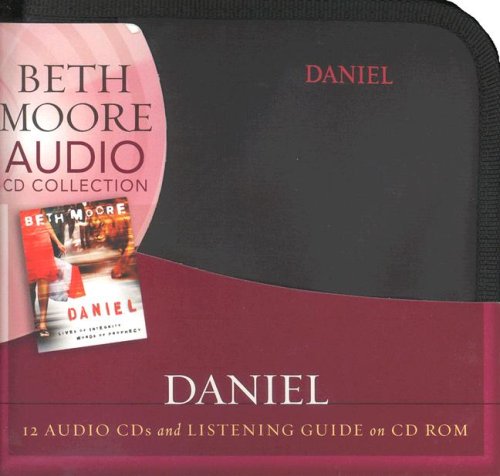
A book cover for Daniel (CD Set): Lives of Integrity, Words of Prophecy; Beth Moore; Christian Books & Bibles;